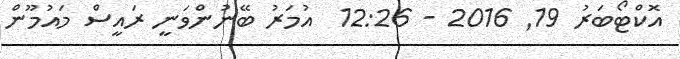
އޮކްޓޯބަރު 19